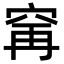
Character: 𫁌